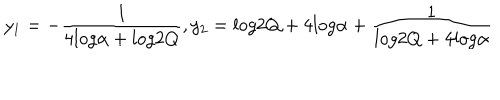
y _ { 1 } = - \frac { 1 } { 4 l o g \alpha + l o g 2 Q } , y _ { 2 } = l o g 2 Q + 4 l o g \alpha + \frac { 1 } { l o g 2 Q + 4 l o g \alpha }